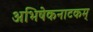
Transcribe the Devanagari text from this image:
अभिषेकनाटकम्